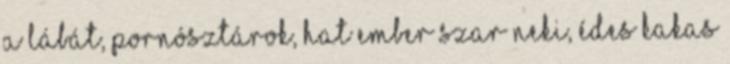
a lábát, pornósztárok, hat ember szar neki, édes kakas